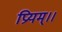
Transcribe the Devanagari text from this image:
प्रियम्।।